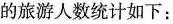
的旅游人数统计如下：